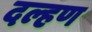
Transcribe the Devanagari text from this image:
दल्हण